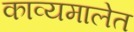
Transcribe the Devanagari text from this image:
काव्यमालेत